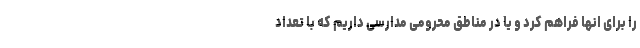
را برای انها فراهم کرد و یا در مناطق محرومی مدارسی داریم که با تعداد